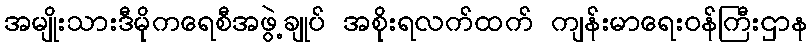
အမျိုးသားဒီမိုကရေစီအဖွဲ့ချုပ် အစိုးရလက်ထက် ကျန်းမာရေးဝန်ကြီးဌာန